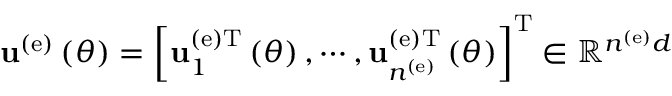
{ \bf u } ^ { \left( \mathrm { e } \right) } \left( \theta \right) = \left[ { \bf u } _ { 1 } ^ { \left( \mathrm { e } \right) \mathrm { T } } \left( \theta \right) , \cdots , { \bf u } _ { n ^ { \left( \mathrm { e } \right) } } ^ { \left( \mathrm { e } \right) \mathrm { T } } \left( \theta \right) \right] ^ { \mathrm { T } } \in \mathbb { R } ^ { n ^ { \left( \mathrm { e } \right) } d }